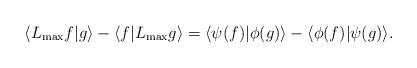
LaTeX: \begin{align*} \langle L_{\max}f|g\rangle- \langle f|L_{\max}g\rangle= \langle \psi( f)|\phi( g)\rangle - \langle \phi( f)|\psi( g)\rangle.\end{align*}